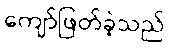
ကျော်ဖြတ်ခဲ့သည်